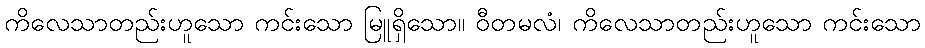
ကိလေသာတည်းဟူသော ကင်းသော မြူရှိသော။ ဝီတမလံ၊ ကိလေသာတည်းဟူသော ကင်းသော